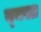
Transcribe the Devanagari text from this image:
व्‍यस्त